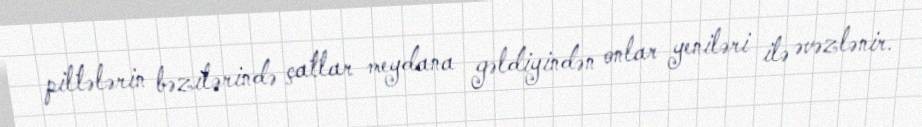
piltələrin bəzilərində çatlar meydana gəldiyindən onlar yeniləri ilə əvəzlənir.